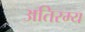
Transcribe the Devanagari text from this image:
अतिरम्य